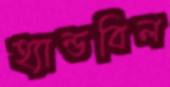
হ্যান্ডবিল